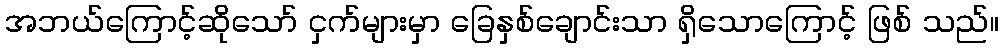
အဘယ်ကြောင့်ဆိုသော် ငှက်များမှာ ခြေနှစ်ချောင်းသာ ရှိသောကြောင့် ဖြစ် သည်။